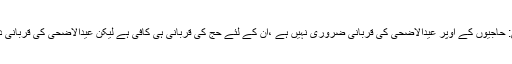
حاجی کی طرف سے قربانی: حاجیوں کے اوپر عیدالاضحی کی قربانی ضروری نہیں ہے ،ان کے لئے حج کی قربانی ہی کافی ہے لیکن عیدالاضحی کی قربانی دینا چاہئے تو دے سکتا ہے ۔